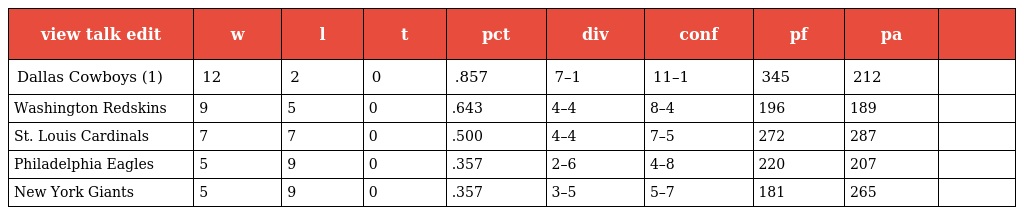
| view talk edit | w | l | t | pct | div | conf | pf | pa |  |
 | --- | --- | --- | --- | --- | --- | --- | --- | --- | --- |
 | Dallas Cowboys (1) | 12 | 2 | 0 | .857 | 7–1 | 11–1 | 345 | 212 |  |
 | Washington Redskins | 9 | 5 | 0 | .643 | 4–4 | 8–4 | 196 | 189 |  |
 | St. Louis Cardinals | 7 | 7 | 0 | .500 | 4–4 | 7–5 | 272 | 287 |  |
 | Philadelphia Eagles | 5 | 9 | 0 | .357 | 2–6 | 4–8 | 220 | 207 |  |
 | New York Giants | 5 | 9 | 0 | .357 | 3–5 | 5–7 | 181 | 265 |  |